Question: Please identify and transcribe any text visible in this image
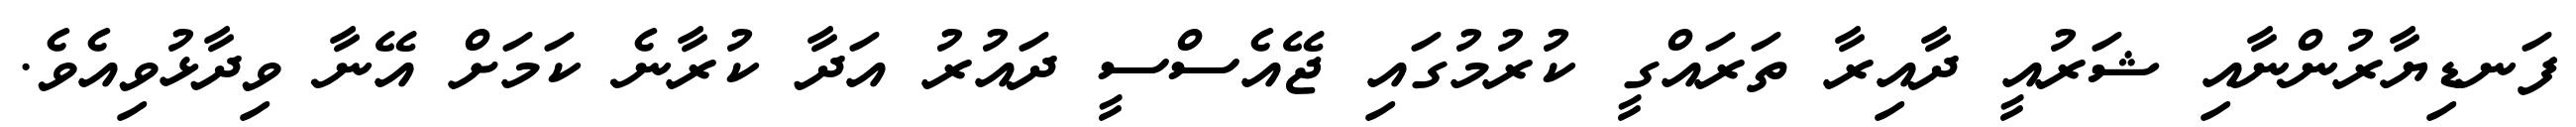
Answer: ފަނޑިޔާރުންނާއި ޝަރުއީ ދާއިރާ ތަރައްގީ ކުރުމުގައި ޖޭއެސްސީ ދައުރު އަދާ ކުރާނެ ކަމަށް އޭނާ ވިދާޅުވިއެވެ.